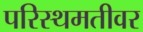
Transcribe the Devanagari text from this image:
परिस्थमतीवर